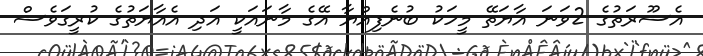
އެސޫރަތުގެ 2ވަނަ އާޔަތޭ މީހަކު ބުނެފިއްޔާ އޭގެ މާނައަކީ އަދި އެއާޔަތުގެ ކުރީގަވެސް